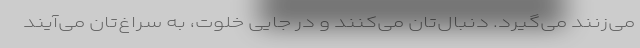
می‌زنند می‌گیرد. دنبال‌تان می‌کنند و در جایی خلوت، به سراغ‌تان می‌آیند